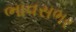
ભાવસભર